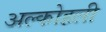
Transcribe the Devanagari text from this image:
अल्कोहली